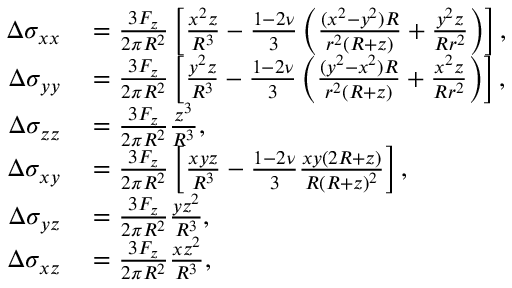
\begin{array} { r l } { \Delta \sigma _ { x x } } & { { } = \frac { 3 F _ { z } } { 2 \pi R ^ { 2 } } \left[ \frac { x ^ { 2 } z } { R ^ { 3 } } - \frac { 1 - 2 \nu } { 3 } \left( \frac { ( x ^ { 2 } - y ^ { 2 } ) R } { r ^ { 2 } ( R + z ) } + \frac { y ^ { 2 } z } { R r ^ { 2 } } \right) \right] , } \\ { \Delta \sigma _ { y y } } & { { } = \frac { 3 F _ { z } } { 2 \pi R ^ { 2 } } \left[ \frac { y ^ { 2 } z } { R ^ { 3 } } - \frac { 1 - 2 \nu } { 3 } \left( \frac { ( y ^ { 2 } - x ^ { 2 } ) R } { r ^ { 2 } ( R + z ) } + \frac { x ^ { 2 } z } { R r ^ { 2 } } \right) \right] , } \\ { \Delta \sigma _ { z z } } & { { } = \frac { 3 F _ { z } } { 2 \pi R ^ { 2 } } \frac { z ^ { 3 } } { R ^ { 3 } } , } \\ { \Delta \sigma _ { x y } } & { { } = \frac { 3 F _ { z } } { 2 \pi R ^ { 2 } } \left[ \frac { x y z } { R ^ { 3 } } - \frac { 1 - 2 \nu } { 3 } \frac { x y ( 2 R + z ) } { R ( R + z ) ^ { 2 } } \right] , } \\ { \Delta \sigma _ { y z } } & { { } = \frac { 3 F _ { z } } { 2 \pi R ^ { 2 } } \frac { y z ^ { 2 } } { R ^ { 3 } } , } \\ { \Delta \sigma _ { x z } } & { { } = \frac { 3 F _ { z } } { 2 \pi R ^ { 2 } } \frac { x z ^ { 2 } } { R ^ { 3 } } , } \end{array}